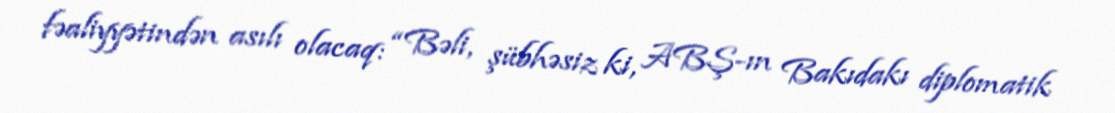
fəaliyyətindən asılı olacaq: “Bəli, şübhəsiz ki, ABŞ-ın Bakıdakı diplomatik